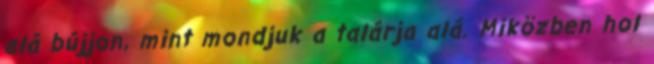
alá bújjon, mint mondjuk a talárja alá. Miközben hol